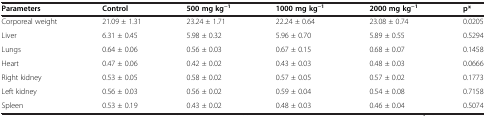
<table><thead><tr><td><b>Parameters</b></td><td><b>Control</b></td><td><b>500 mg kg<sup>-1</sup></b></td><td><b>1000 mg kg<sup>-1</sup></b></td><td><b>2000 mg kg<sup>-1</sup></b></td><td><b>p*</b></td></tr></thead><tbody><tr><td>Corporeal weight</td><td>21.09 ± 1.31</td><td>23.24 ± 1.71</td><td>22.24 ± 0.64</td><td>23.08 ± 0.74</td><td>0.0205</td></tr><tr><td>Liver</td><td>6.31 ± 0.45</td><td>5.98 ± 0.32</td><td>5.96 ± 0.70</td><td>5.89 ± 0.55</td><td>0.5294</td></tr><tr><td>Lungs</td><td>0.64 ± 0.06</td><td>0.56 ± 0.03</td><td>0.67 ± 0.15</td><td>0.68 ± 0.07</td><td>0.1458</td></tr><tr><td>Heart</td><td>0.47 ± 0.06</td><td>0.42 ± 0.02</td><td>0.43 ± 0.03</td><td>0.48 ± 0.03</td><td>0.0666</td></tr><tr><td>Right kidney</td><td>0.53 ± 0.05</td><td>0.58 ± 0.02</td><td>0.57 ± 0.05</td><td>0.57 ± 0.02</td><td>0.1773</td></tr><tr><td>Left kidney</td><td>0.56 ± 0.03</td><td>0.56 ± 0.02</td><td>0.59 ± 0.04</td><td>0.54 ± 0.08</td><td>0.7158</td></tr><tr><td>Spleen</td><td>0.53 ± 0.19</td><td>0.43 ± 0.02</td><td>0.48 ± 0.03</td><td>0.46 ± 0.04</td><td>0.5074</td></tr></tbody></table>